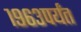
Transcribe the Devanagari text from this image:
१९६३पर्यंत